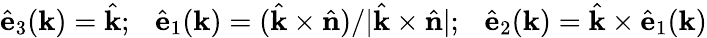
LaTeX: \hat{\mathbf e}_{3}(\mathbf{k})=\hat{\mathbf k};~~~\hat{\mathbf e}_{1}(\mathbf{k})=(\hat{\mathbf k}\times\hat{\mathbf n})/\lvert\hat{\mathbf k}\times\hat{\mathbf n}\rvert;~~~\hat{\mathbf e}_{2}(\mathbf{k})=\hat{\mathbf k}\times\hat{\mathbf e}_{1}(\mathbf{k})